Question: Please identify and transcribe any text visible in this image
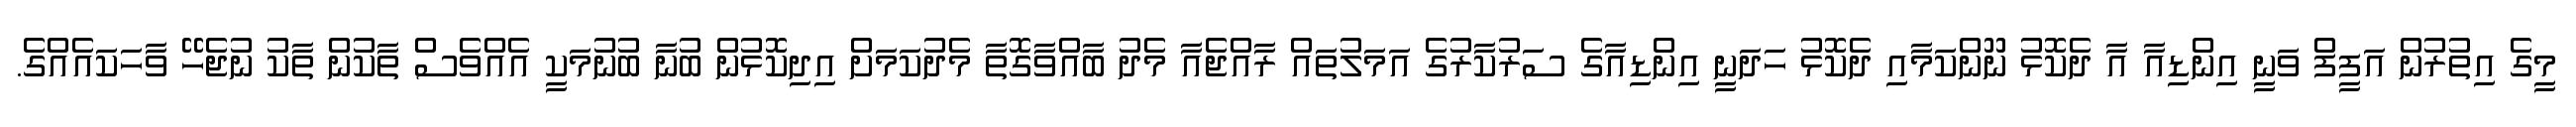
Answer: މީގެ އިތުރުން އަފީފް ވަނީ އިންޑިއާ އާ ދެކޮޅު ނޫންކަމާއި ދެކޮޅު ހަދަނީ އިންޑިއާގެ ސަރުކާރުގެ އަމަލުތައް ރާއްޖެއާ މެދު ބާއްވާގޮތާ މެދުކަމަށް އިދިކޮޅުން ބުނާ ބުނުމަކީ އެއްވެސް ތާކުން ތާކު ނުޖެހޭ ވާހަކައެއްގެ.